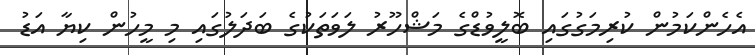
އެހެންކަމުން ކުރިމަގުގައި ބޮލީވުޑްގެ މަޝްހޫރު ލަވަތަކުގެ ބަދަލުގައި މި މީހުން ކިޔާ އަޑު